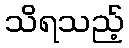
သိရသည့်